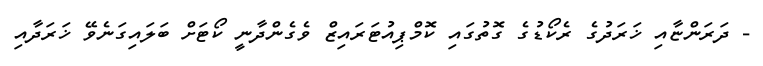
- ދަރަންޏާއި ޚަރަދުގެ ރެކޯޑުގެ ގޮތުގައި ކޮމްޕިއުޓަރައިޒް ވެގެންދާނީ ކޯޓަށް ބަލައިގަނެވޭ ޚަރަދާއި